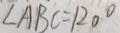
\angle A B C = 1 2 0 ^ { \circ }